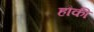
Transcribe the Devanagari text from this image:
हौकी